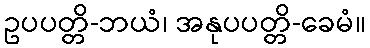
ဥပပတ္တိ-ဘယံ၊ အနုပပတ္တိ-ခေမံ။